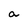
Character: a